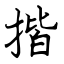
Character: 揩